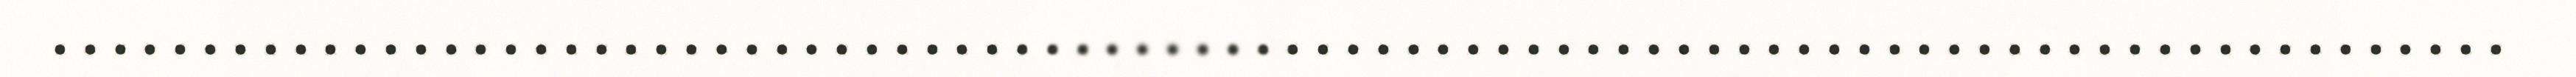
..................................................................................